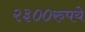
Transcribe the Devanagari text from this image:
२३००रुपये